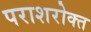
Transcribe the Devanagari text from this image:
पराशरोक्त